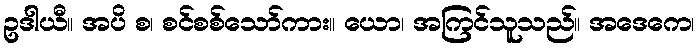
ဥဒါယီ။ အပိ စ၊ စင်စစ်သော်ကား။ ယော၊ အကြင်သူသည်။ အဒေကေ၊